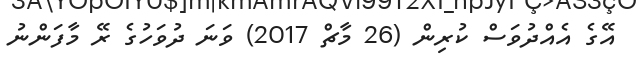
އޭގެ އެއްދުވަސް ކުރިން (26 މާޗް 2017) ވަނަ ދުވަހުގެ ރޭ މާފަންނު